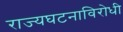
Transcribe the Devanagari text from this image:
राज्यघटनाविरोधी